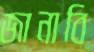
জানাবি